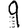
Digit: 9